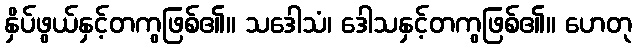
နှိပ်ဖွယ်နှင့်တကွဖြစ်၏။ သဒေါသံ၊ ဒေါသနှင့်တကွဖြစ်၏။ ဟေတု